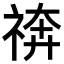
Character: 𥚙